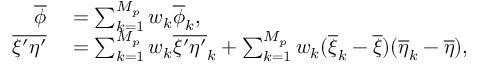
\begin{array} { r l } { \overline { { \phi } } } & { { } = \sum _ { k = 1 } ^ { M _ { p } } w _ { k } \overline { { \phi } } _ { k } , } \\ { \overline { { \xi ^ { \prime } \eta ^ { \prime } } } } & { { } = \sum _ { k = 1 } ^ { M _ { p } } w _ { k } \overline { { \xi ^ { \prime } \eta ^ { \prime } } } _ { k } + \sum _ { k = 1 } ^ { M _ { p } } w _ { k } ( \overline { { \xi } } _ { k } - \overline { { \xi } } ) ( \overline { { \eta } } _ { k } - \overline { { \eta } } ) , } \end{array}